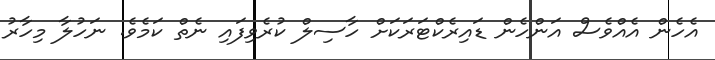
އެހެން އެއްވެސް އަންހެން ޑައިރެކްޓަރަކަށް ހާސިލް ކުރެވިފައި ނެތް ކަމެވެ. ނަހުލާ މިހާރު